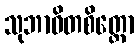
သုဘာဝိတစိတ္တော